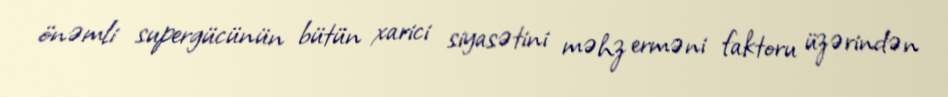
önəmli supergücünün bütün xarici siyasətini məhz erməni faktoru üzərindən